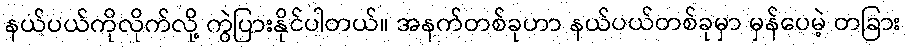
နယ်ပယ်ကိုလိုက်လို့ ကွဲပြားနိုင်ပါတယ်။ အနက်တစ်ခုဟာ နယ်ပယ်တစ်ခုမှာ မှန်ပေမဲ့ တခြား